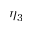
\eta _ { 3 }